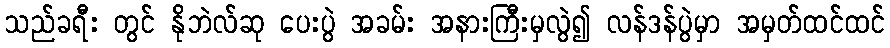
သည်ခရီး တွင် နိုဘဲလ်ဆု ပေးပွဲ အခမ်း အနားကြီးမှလွဲ၍ လန်ဒန်ပွဲမှာ အမှတ်ထင်ထင်